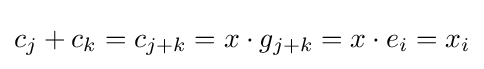
c_{j}+c_{k}=c_{j+k}=x\cdot g_{j+k}=x\cdot e_{i}=x_{i}